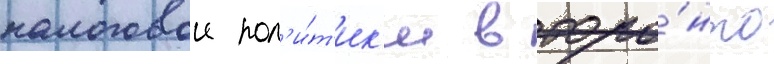
налоговои пол'и́т'ик'и в торо́нто